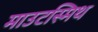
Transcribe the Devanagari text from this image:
माउटस्मिथ